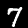
Label: 7